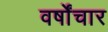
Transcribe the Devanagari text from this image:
वर्षोंचार